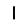
Digit: 1